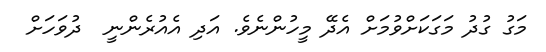
މަގު ގުދު މަގަކަށްވުމަށް އެދޭ މީހުންނެވެ. އަދި އެއުރެންނީ  ދުވަހަށް